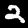
Label: 2